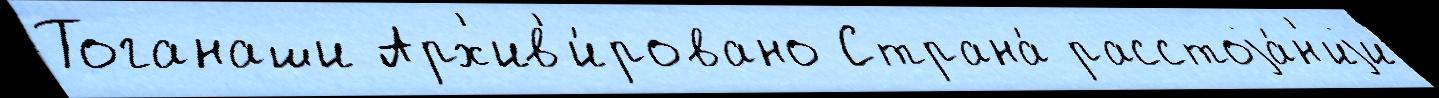
Тоганаши Арх'ив'и́ровано Страна́ расстоjа́н'иjи